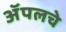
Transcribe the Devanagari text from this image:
ॲपलचे